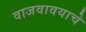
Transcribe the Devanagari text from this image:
वाजवावयाचे